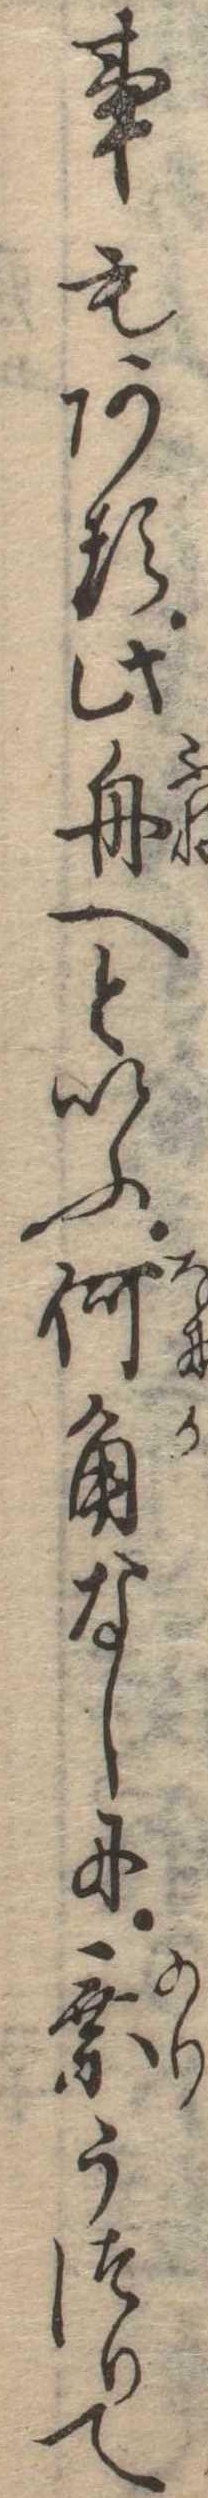
事もある此舟へといふ何角なしに乗うつりて